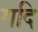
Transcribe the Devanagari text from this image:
गदि